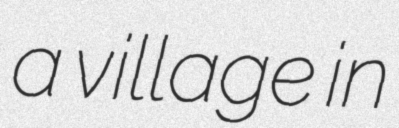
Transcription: a village in